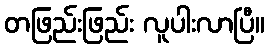
တဖြည်းဖြည်း လူပါးလာပြီ။